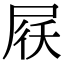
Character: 𡱱